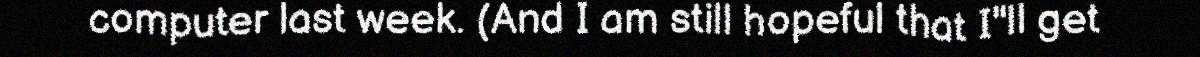
computer last week. (And I am still hopeful that I"ll get